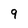
Character: 9